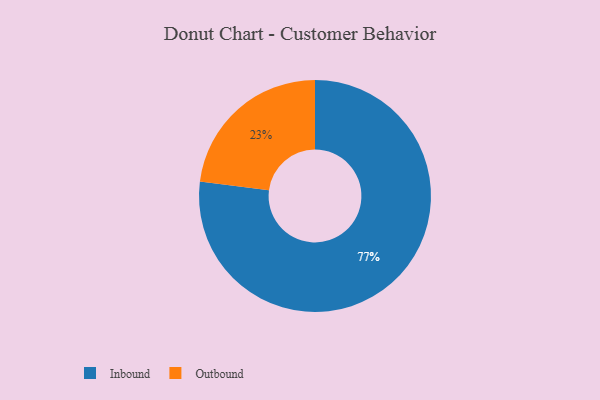
{"axis": {"x": "Category", "y": "Percentage"}, "legend": ["Inbound", "Outbound"], "data": [{"x": "Inbound", "y": 77, "type": "Inbound"}, {"x": "Outbound", "y": 23, "type": "Outbound"}]}